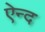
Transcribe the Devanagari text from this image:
ऐन्द